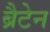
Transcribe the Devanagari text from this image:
ब्रैटेन